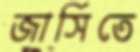
জার্সিতে